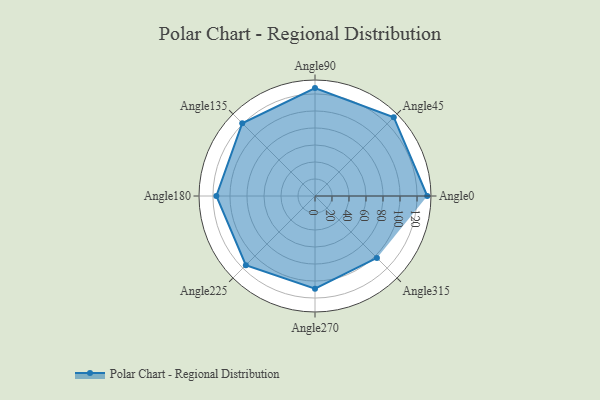
{"axis": {"x": "Angle", "y": "Radius"}, "legend": [""], "data": [{"x": "Angle0", "y": 132.0, "type": ""}, {"x": "Angle45", "y": 131.0, "type": ""}, {"x": "Angle90", "y": 127.0, "type": ""}, {"x": "Angle135", "y": 121.0, "type": ""}, {"x": "Angle180", "y": 116.0, "type": ""}, {"x": "Angle225", "y": 115.0, "type": ""}, {"x": "Angle270", "y": 109.0, "type": ""}, {"x": "Angle315", "y": 103.0, "type": ""}]}